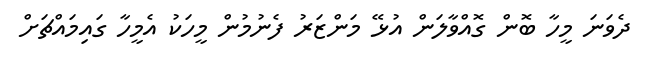
ދެވަނަ މީހާ ބޮން ގޮއްވާލަން އުޅޭ މަންޒަރު ފެނުމުން މީހަކު އެމީހާ ގައިމައްޗަށް